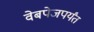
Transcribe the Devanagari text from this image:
वेबपेजपर्यंत